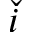
\check { i }